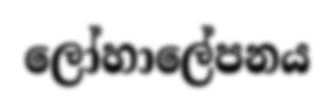
ලෝහාලේපනය